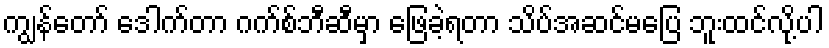
ကျွန်တော် ဒေါက်တာ ဂက်စ်ဘီဆီမှာ ဖြေခဲ့ရတာ သိပ်အဆင်မပြေ ဘူးထင်လို့ပါ